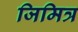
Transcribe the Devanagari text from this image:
जिमित्र